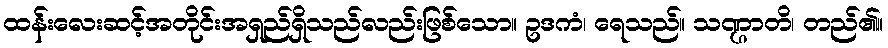
ထန်းလေးဆင့်အတိုင်းအရှည်ရှိသည်လည်းဖြစ်သော။ ဥဒကံ၊ ရေသည်။ သဏ္ဌာတိ၊ တည်၏။